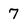
Character: 7